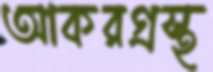
আকরগ্রস্থ